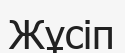
Жұсіп